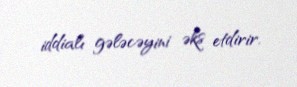
iddialı gələcəyini əks etdirir.